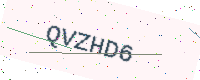
Text: QVZHD6